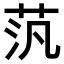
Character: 𫇼